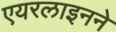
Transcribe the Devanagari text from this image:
एयरलाइनने